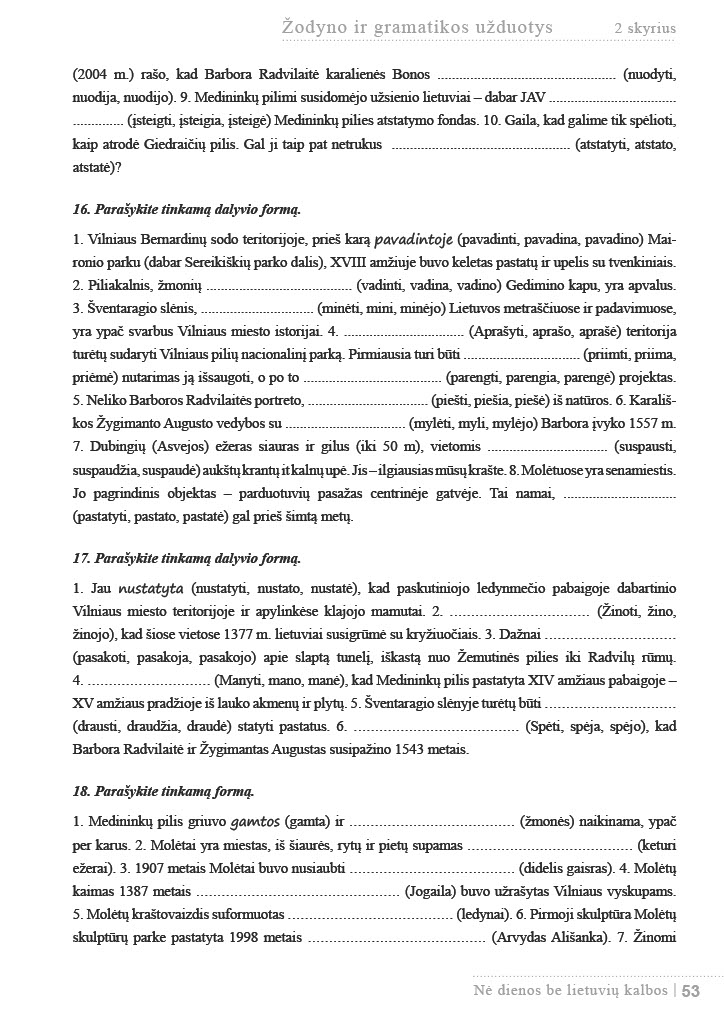
Language: lt